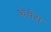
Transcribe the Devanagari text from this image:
केचेस